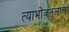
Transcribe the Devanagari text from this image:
त्याभोवतलाचा